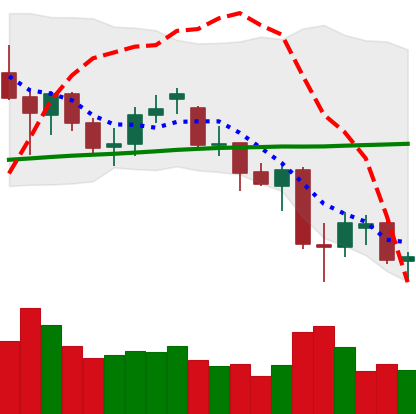
Ticker: ETH-USD
Chart end date: 2021-06-26
Forward return: 15.546%
Label: up_7plus